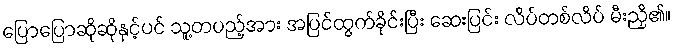
ပြောပြောဆိုဆိုနှင့်ပင် သူ့တပည့်အား အပြင်ထွက်ခိုင်းပြီး ဆေးပြင်း လိပ်တစ်လိပ် မီးညှိ၏။